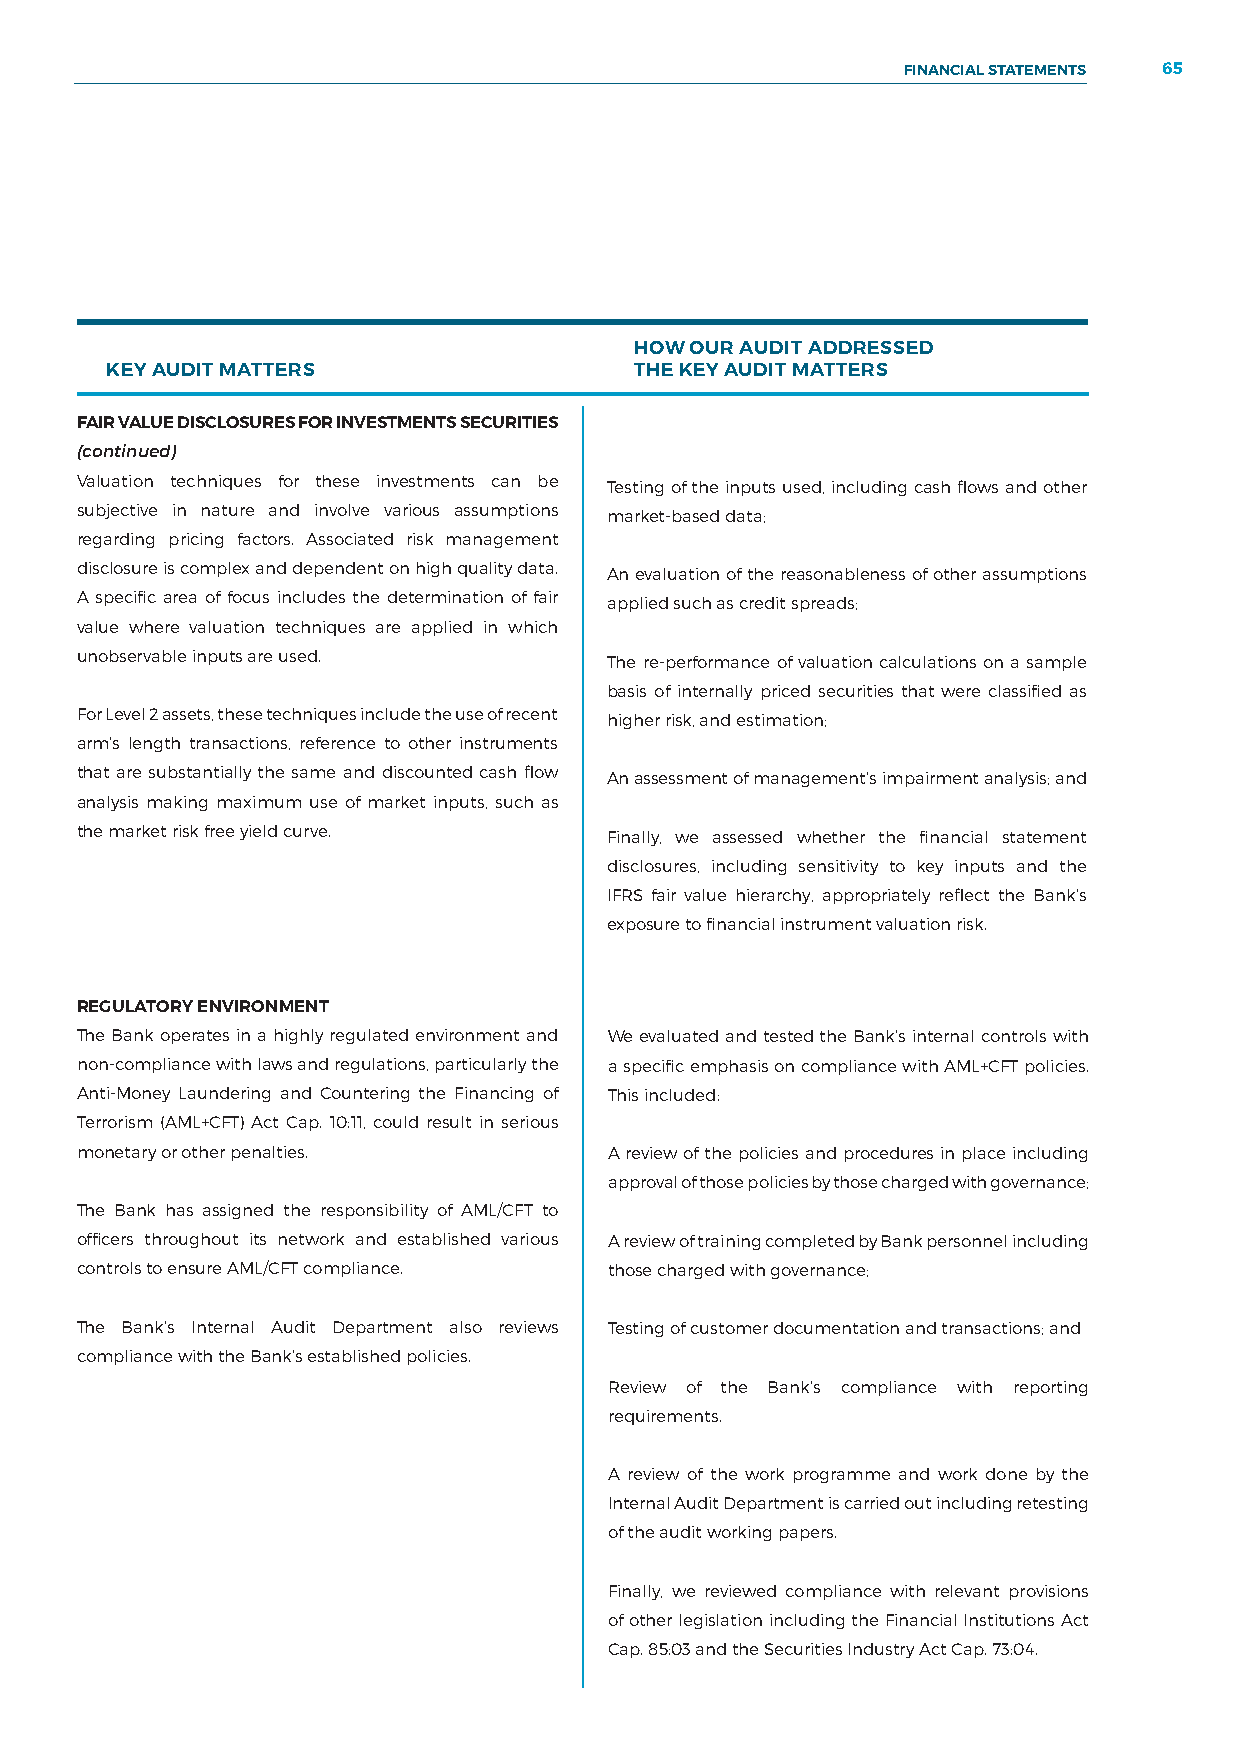
FINANCIAL STATEMENTS 65
 HOW OUR AUDIT ADDRESSED
 KEY AUDIT MATTERS                  THE KEY AUDIT MATTERS
 FAIR VALUE DISCLOSURES FOR INVESTMENTS SECURITIES
 (continued)
 Valuation techniques for these investments can be Testing of the inputs used, including cash flows and other
 subjective in nature and involve various assumptions market-based data;
 regarding pricing factors. Associated risk management
 disclosure is complex and dependent on high quality data. An evaluation of the reasonableness of other assumptions
 A specific area of focus includes the determination of fair applied such as credit spreads;
 value where valuation techniques are applied in which
 unobservable inputs are used.      The re-performance of valuation calculations on a sample
 basis of internally priced securities that were classified as
 For Level 2 assets, these techniques include the use of recent higher risk, and estimation;
 arm’s length transactions, reference to other instruments
 that are substantially the same and discounted cash flow An assessment of management’s impairment analysis; and
 analysis making maximum use of market inputs, such as
 the market risk free yield curve.  Finally, we assessed whether the financial statement
 disclosures, including sensitivity to key inputs and the
 IFRS fair value hierarchy, appropriately reflect the Bank’s
 exposure to financial instrument valuation risk.
 REGULATORY ENVIRONMENT
 The Bank operates in a highly regulated environment and We evaluated and tested the Bank’s internal controls with
 non-compliance with laws and regulations, particularly the a specific emphasis on compliance with AML+CFT policies.
 Anti-Money Laundering and Countering the Financing of This included:
 Terrorism (AML+CFT) Act Cap. 10:11, could result in serious
 monetary or other penalties.       A review of the policies and procedures in place including
 approval of those policies by those charged with governance;
 The Bank has assigned the responsibility of AML/CFT to
 officers throughout its network and established various A review of training completed by Bank personnel including
 controls to ensure AML/CFT compliance. those charged with governance;
 The Bank’s Internal Audit Department also reviews Testing of customer documentation and transactions; and
 compliance with the Bank’s established policies.
 Review of the Bank’s compliance with reporting
 requirements.
 A review of the work programme and work done by the
 Internal Audit Department is carried out including retesting
 of the audit working papers.
 Finally, we reviewed compliance with relevant provisions
 of other legislation including the Financial Institutions Act
 Cap. 85:03 and the Securities Industry Act Cap. 73:04.